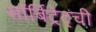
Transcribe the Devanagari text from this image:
सॉर्बिट्रेट्ची